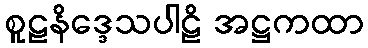
စူဠနိဒ္ဒေသပါဠိ အဋ္ဌကထာ